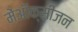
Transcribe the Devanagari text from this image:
मेंऑक्सीजन